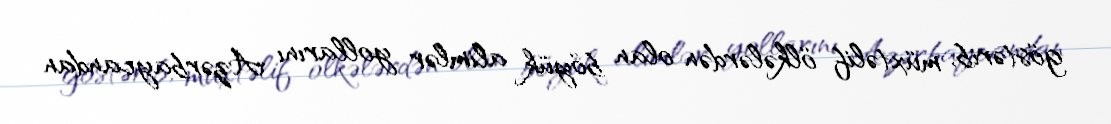
göstərib, müxtəlif ölkələrdən olan böyük alimlər yollarını Azərbaycandan